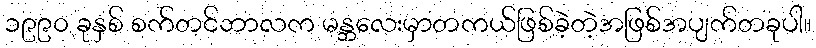
၁၉၉၀ ခုနှစ် စက်တင်ဘာလက မန္တလေးမှာတကယ်ဖြစ်ခဲ့တဲ့အဖြစ်အပျက်တခုပါ။